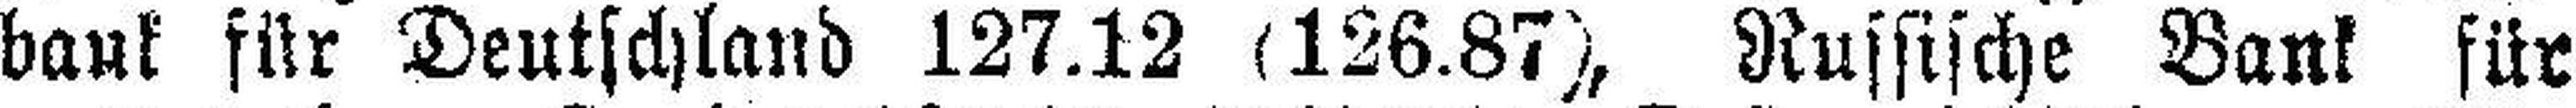
bank für Deutschland 127.12 (126.87), Russische Bank für